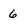
Character: 6